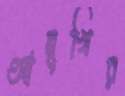
আনুখির